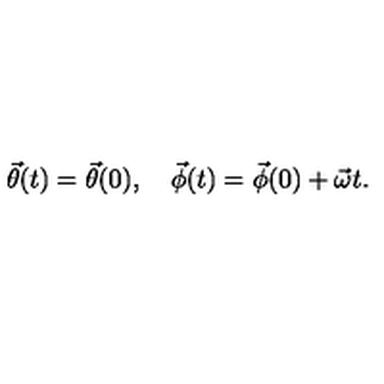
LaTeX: \vec { \theta } ( t ) = \vec { \theta } ( 0 ) , \quad \vec { \phi } ( t ) = \vec { \phi } ( 0 ) + \vec { \omega } t .